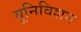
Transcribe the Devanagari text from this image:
यूनिविशन